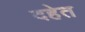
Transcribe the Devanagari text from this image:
दहेत